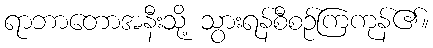
ရာဘာတောအနီးသို့ သွားရန်စီစဉ်ကြကုန်၏။